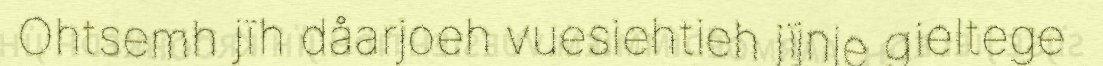
Ohtsemh jïh dåarjoeh vuesiehtieh jïjnje gieltege